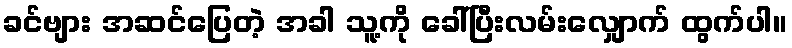
ခင်ဗျား အဆင်ပြေတဲ့ အခါ သူ့ကို ခေါ်ပြီးလမ်းလျှောက် ထွက်ပါ။